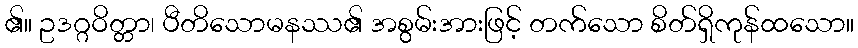
၏။ ဥဒဂ္ဂဝိတ္တာ၊ ပီတိသောမနဿ၏ အစွမ်းအားဖြင့် တက်သော စိတ်ရှိကုန်ထသော။